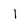
Character: I